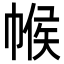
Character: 帿